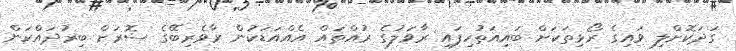
ގަދަކޮށްލި ވައިގެ ރޯޅިތަކަށް ބައިއަތުހިފައި ރާވަލުގެ ރުއްތައް އެއްއަޑަކުން ރާވެރިބޭގެ ސޮރަށް ބިރުދައްކަން